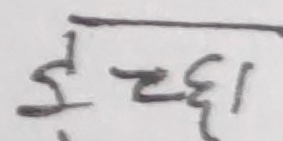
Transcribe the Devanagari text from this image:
इच्छा